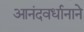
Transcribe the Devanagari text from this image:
आनंदवर्धानाने